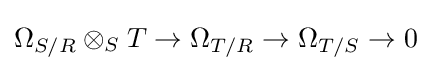
\Omega _{S/R}\otimes _{S}T\to \Omega _{T/R}\to \Omega _{T/S}\to 0